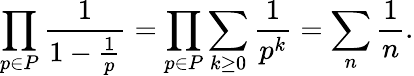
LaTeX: \prod_{p\in P}{\frac{1}{1-{\frac{1}{p}}}}=\prod_{p\in P}\sum_{k\geq 0}{\frac{1}{p^{k}}}=\sum_{n}{\frac{1}{n}}.